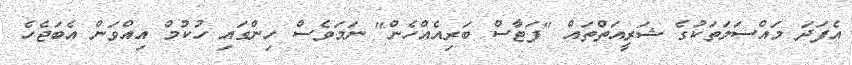
އެފަދަ މައްސަލަތަކުގެ ޝަރީއަތްތައް "ފަޓާސް ބަރިއެއްހެން" ނަމަވެސް ހިންގައި ހުކުމް އިއްވަން އެބަޖެހެ